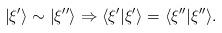
LaTeX: \begin{align*}|\xi'\rangle\sim|\xi''\rangle\Rightarrow \langle\xi'|\xi'\rangle =\langle\xi''|\xi''\rangle.\end{align*}